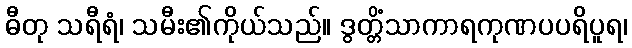
ဓီတု သရီရံ၊ သမီး၏ကိုယ်သည်။ ဒွတ္တိံသာကာရကုဏပပရိပူရ၊